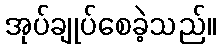
အုပ်ချုပ်စေခဲ့သည်။